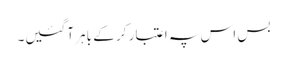
بس اس پہ اعتبار کر کے باہر آگئیں۔